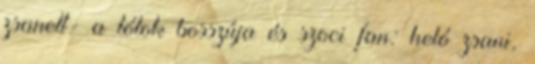
zsanett- a tótok bosszúja és szoci fan: heló zsani,